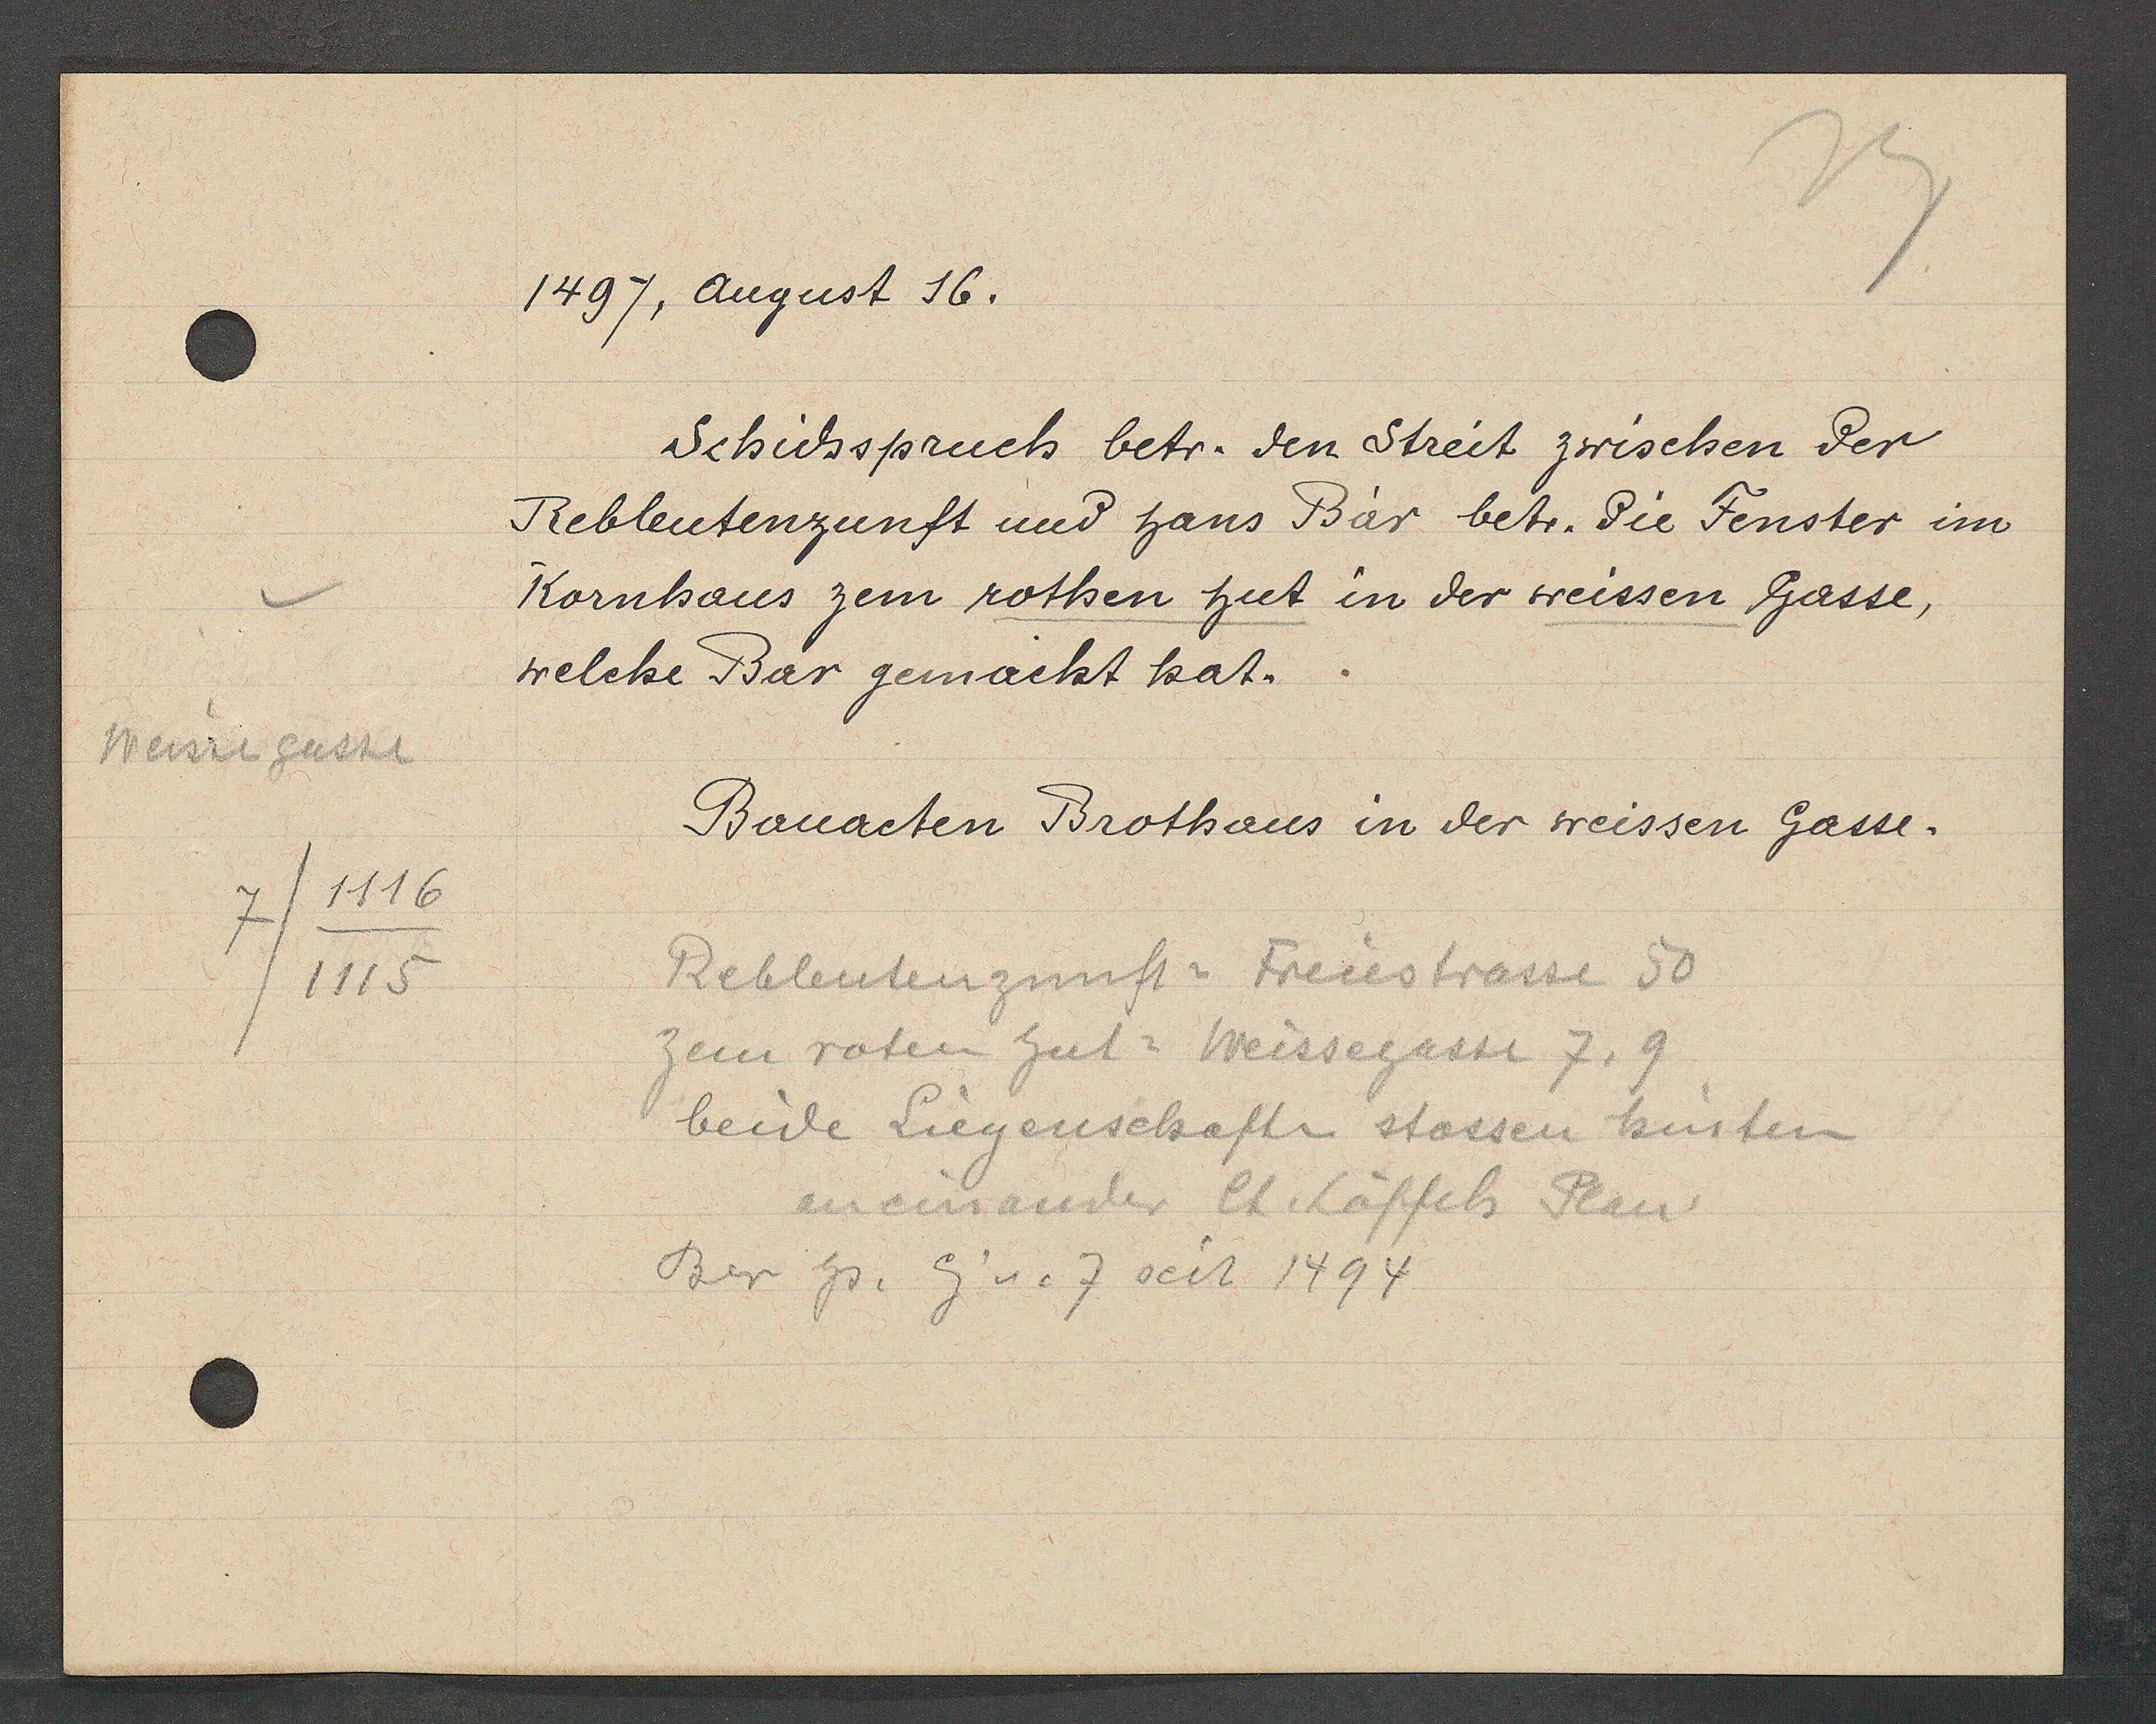
Transcript:
Weisse gasse
7/1116
/1115

1497, Angust 16.
Schidsspruch betr. den Streit zwischen der
Rebleutenzunft und Hans Bär betr. die Fenster im
Kornhaus zem rothen hut in der weissen Gasse,
welche Bar gemacht hat.

Bauacten Brothaus in der weissen Gasse.

Reblentenzunst = Freiestrasse 50
zem roten hut = Weissegasse 7, 9
beide Liegenschaftn stossen hinten
aneinander lt. Löffels Plan
Ber Hs. Eg v. 7 seit 1494